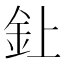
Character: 𫒆